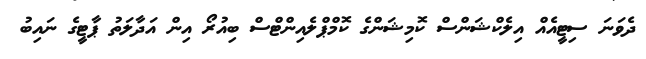
ދެވަނަ ސިޓީއެއް އިލެކްޝަންސް ކޮމިޝަންގެ ކޮމްޕްލެއިންޓްސް ބިއުރޯ އިން އަދާލަތު ޕާޓީގެ ނައިބު